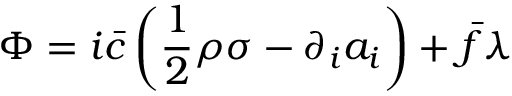
\Phi = i \bar { c } \left( \frac { 1 } { 2 } \rho \sigma - \partial _ { i } a _ { i } \right) + \bar { f } \lambda \;